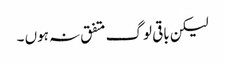
لیکن باقی لوگ متفق نہ ہوں ۔